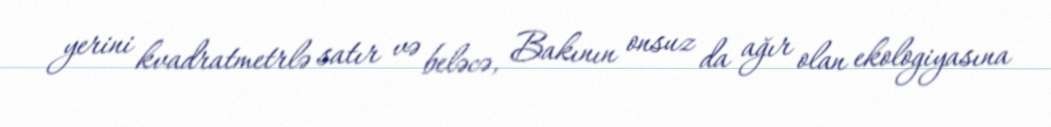
yerini kvadratmetrlə satır və beləcə, Bakının onsuz da ağır olan ekologiyasına